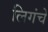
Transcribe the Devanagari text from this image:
लिगंचे